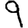
Digit: 9